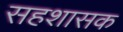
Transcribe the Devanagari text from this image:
सहशासक